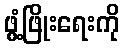
ဖွံ့ဖြိုးရေးကို